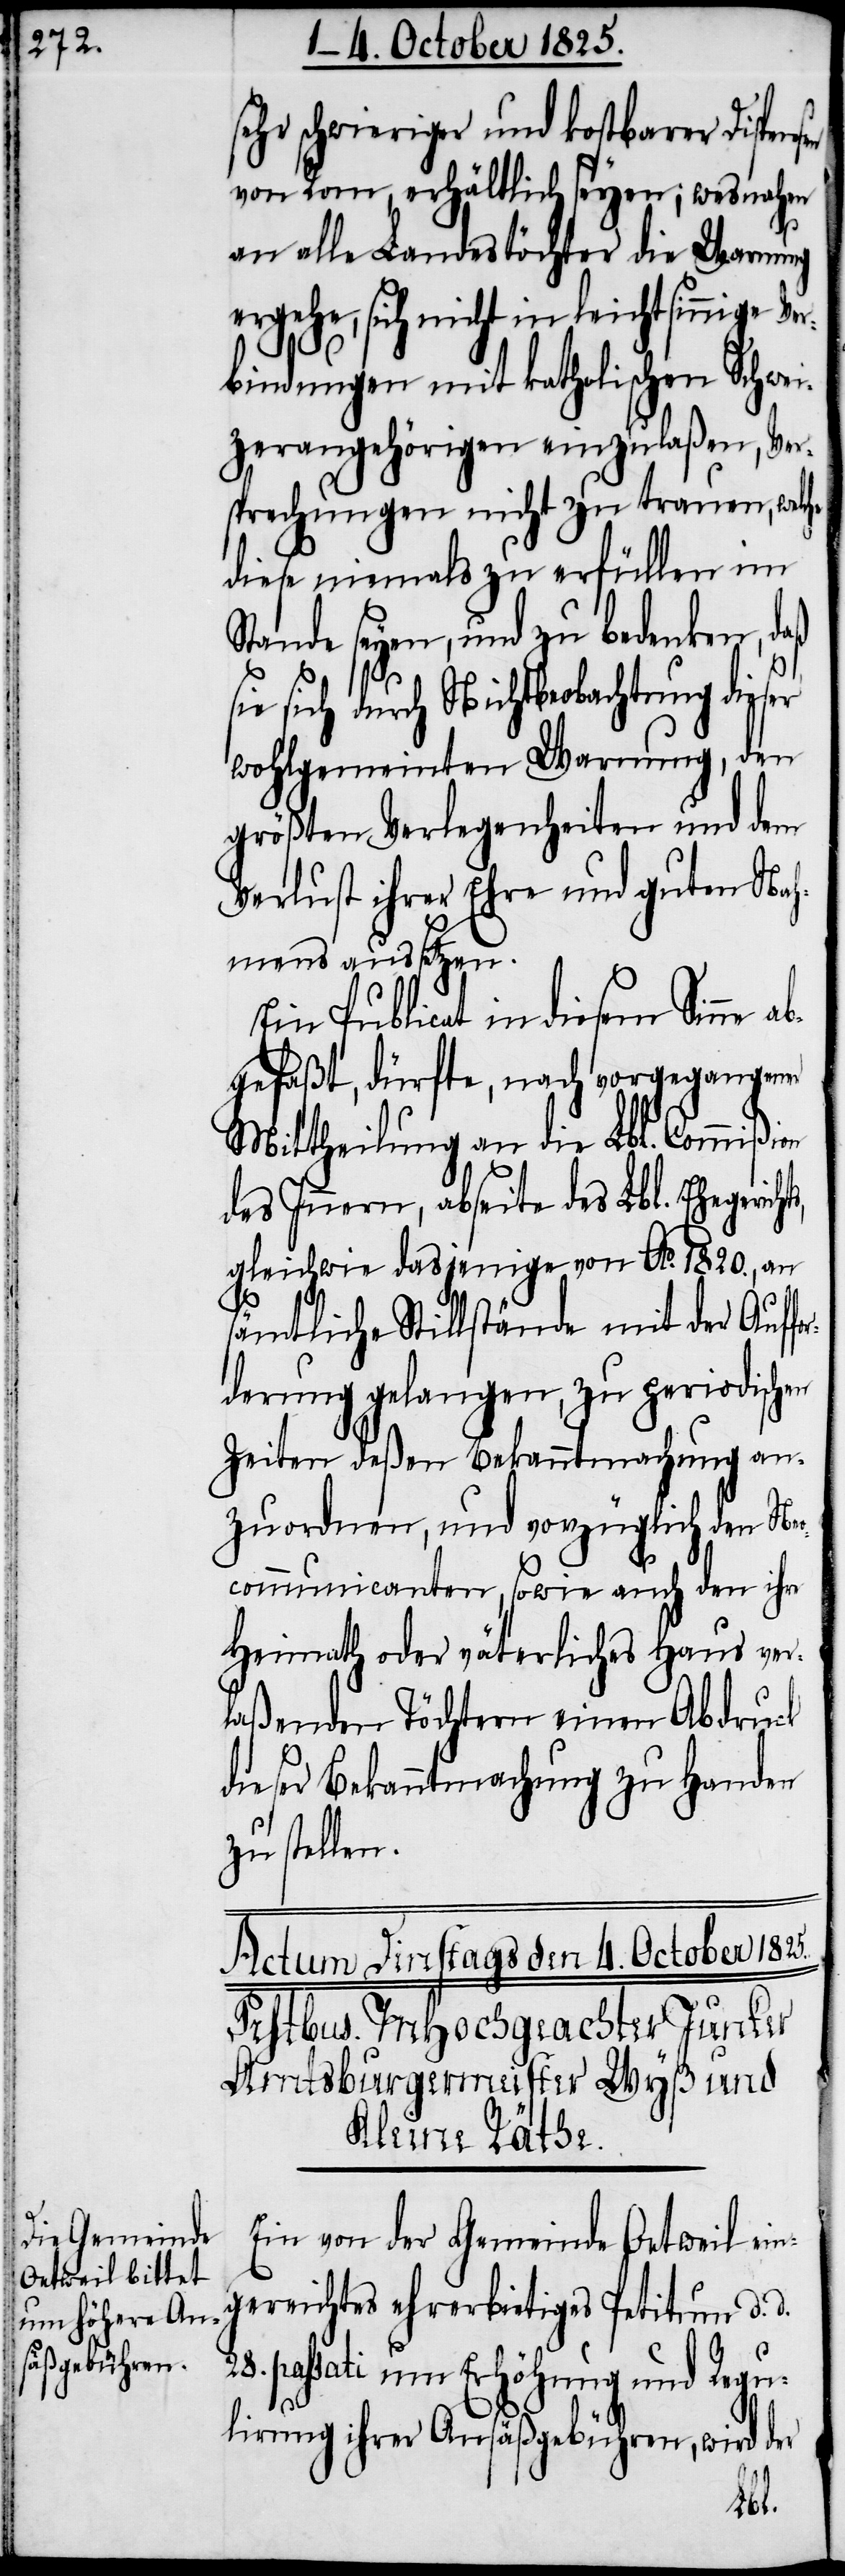
sehr schwieriger und kostbarer Dispensen
von Rom, erhältlich seyen; wesnahen
an alle Landestöchter die Warnung
ergeh, sich nicht in leichtsinnige
bindungen mit katholischen Schwei¬
zerangehörigen einzulaßen, Ver¬
sprechungen nicht zu trauen, welche
diese niemals zu erfüllen im
Stande seyen, und zu bedenken, daß
sich durch Nichtbeobachtung die¬
wohlgemeinten Warnung, den
größten Verlegenheiten und dem
Verlust ihrer Ehre und guten Nah¬
mens aussetzen.
Ein Publicat in diesem Sinne ab¬
gefaßt, dürfte, nach vorgegangener
Mittheilung an die Lbl. Commißion
des Innern, abseite des Lbl. Ehegericht¬
gleichwie dasjenige von Ao. 1820., an
sämtliche Stillstände mit der Auffo¬
rderung gelangen, zu periodischen
Zeiten deßen Bekanntmachung an¬
zuordnen, und vorzüglich den Neo¬
communicanten, sowie auch den ihre
Heimath oder väterliches Haus ver¬
laßenden Töchtern einen Abdruck
dieser Bekanntmachung zu Handen
zu stellen.
Ein von der Gemeinde Oetweil ein¬
gereichtes ehrerbietiges Petitum d.
28. passati um Erhöhung und Regu¬
lirung ihrer Ansäßgebühren, wird der
s,